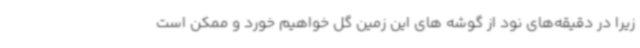
زیرا در دقیقه‌های نود از گوشه های این زمین گل خواهیم خورد و ممکن است